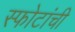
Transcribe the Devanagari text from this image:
स्फोटांची